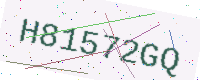
Text: H81572GQ